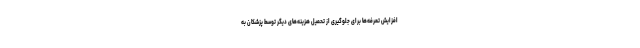
افزایش تعرفه‌ها برای جلوگیری از تحمیل هزینه‌های دیگر توسط پزشکان به